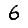
Digit: 6